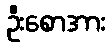
ဦးစောအား